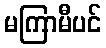
မကြာမီပင်